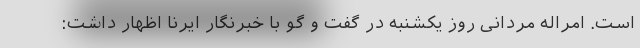
است. امراله مردانی روز یکشنبه در گفت و گو با خبرنگار ایرنا اظهار داشت: